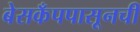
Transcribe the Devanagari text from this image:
बेसकँपपासूनची